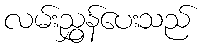
လမ်းညွှန်ပေးသည်